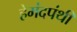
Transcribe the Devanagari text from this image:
हेमंदपंथी